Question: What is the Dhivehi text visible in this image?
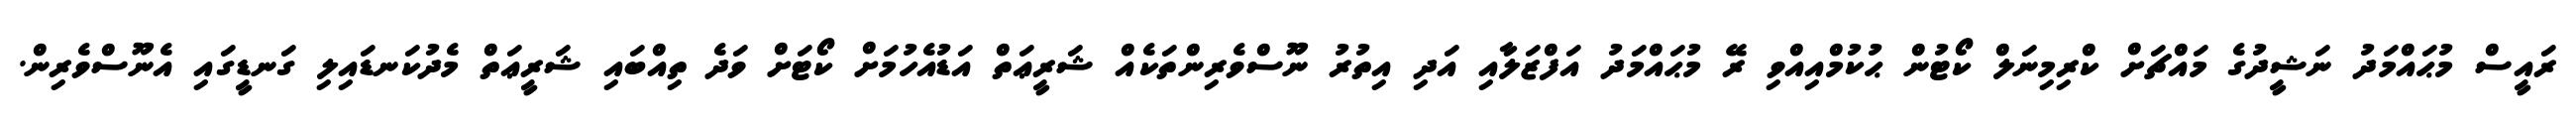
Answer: ރައީސް މުޙައްމަދު ނަޝީދުގެ މައްޗަށް ކްރިމިނަލް ކޯޓުން ޙުކުމްއިއްވި ރޭ މުޙައްމަދު އަފްޒަލާއި އަދި އިތުރު ނޫސްވެރިންތަކެއް ޝަރީޢަތް އަޑުއެހުމަށް ކޯޓަށް ވަދެ ތިއްބައި ޝަރީޢަތް މެދުކަނޑައިލި ގަނޑީގައި އެނޫސްވެރިން.